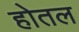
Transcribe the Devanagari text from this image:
होतल